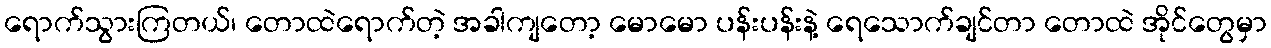
ရောက်သွားကြတယ်၊ တောထဲရောက်တဲ့ အခါကျတော့ မောမော ပန်းပန်းနဲ့ ရေသောက်ချင်တာ တောထဲ အိုင်တွေမှာ